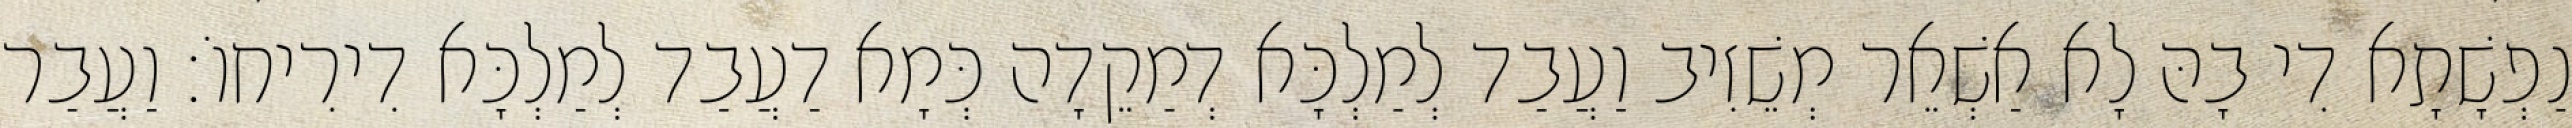
נַפְשָׁתָא דִי בָהּ לָא אַשְׁאֵר מְשֵׁזִיב וַעֲבַד לְמַלְכָּא דְמַקֵדָה כְּמָא דַעֲבַד לְמַלְכָּא דִירִיחוֹ׃ וַעֲבַר